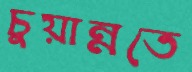
চুয়ান্নতে